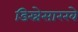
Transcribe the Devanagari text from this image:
डिस्नेसारखे